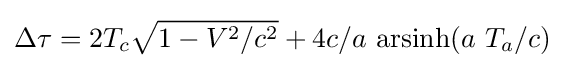
\Delta \tau =2T_{c}{\sqrt {1-V^{2}/c^{2}}}+4c/a\ {\text{arsinh}}(a\ T_{a}/c)